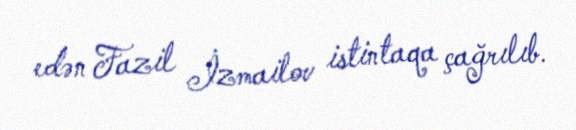
edən Fazil İzmailov istintaqa çağrılıb.